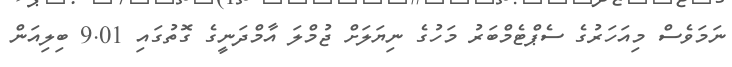
ނަމަވެސް މިއަހަރުގެ ސެޕްޓެމްބަރު މަހުގެ ނިޔަލަށް ޖުމްލަ އާމްދަނީގެ ގޮތުގައި 9.01 ބިލިއަން